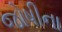
જોષીના